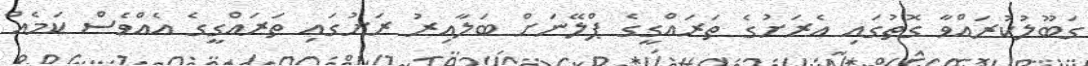
ގަބޫލުކުރައްވާ ގޮތުގައި އެރަށުގެ ތަރައްގީގެ ޕްލޭނަށް ބަލާއިރު ރަށުގައި ތަރައްގީގެ އެއްވެސް ކަމެއް